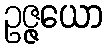
ဥဇ္ဇယော